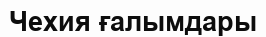
Чехия ғалымдары